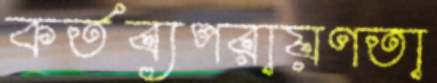
কর্তব্যপরায়ণতা